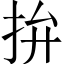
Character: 拚